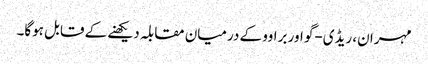
مہران، ریڈی-گو اور براوو کے درمیان مقابلہ دیکھنے کے قابل ہوگا۔